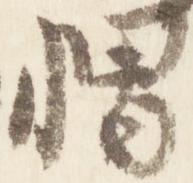
帽